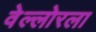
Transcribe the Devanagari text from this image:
वेल्लोरला